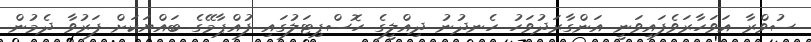
ސުވްރާ އަވަހާރަވެފައިވަނީ އަންގާރަދުވަހު ހެނދުނު ދިއްލީގެ ހޮސްޕިޓަލުގައި ފުއްޕާމޭގެ ބައްޔަކަށް ފަރުވާ ދެމުން